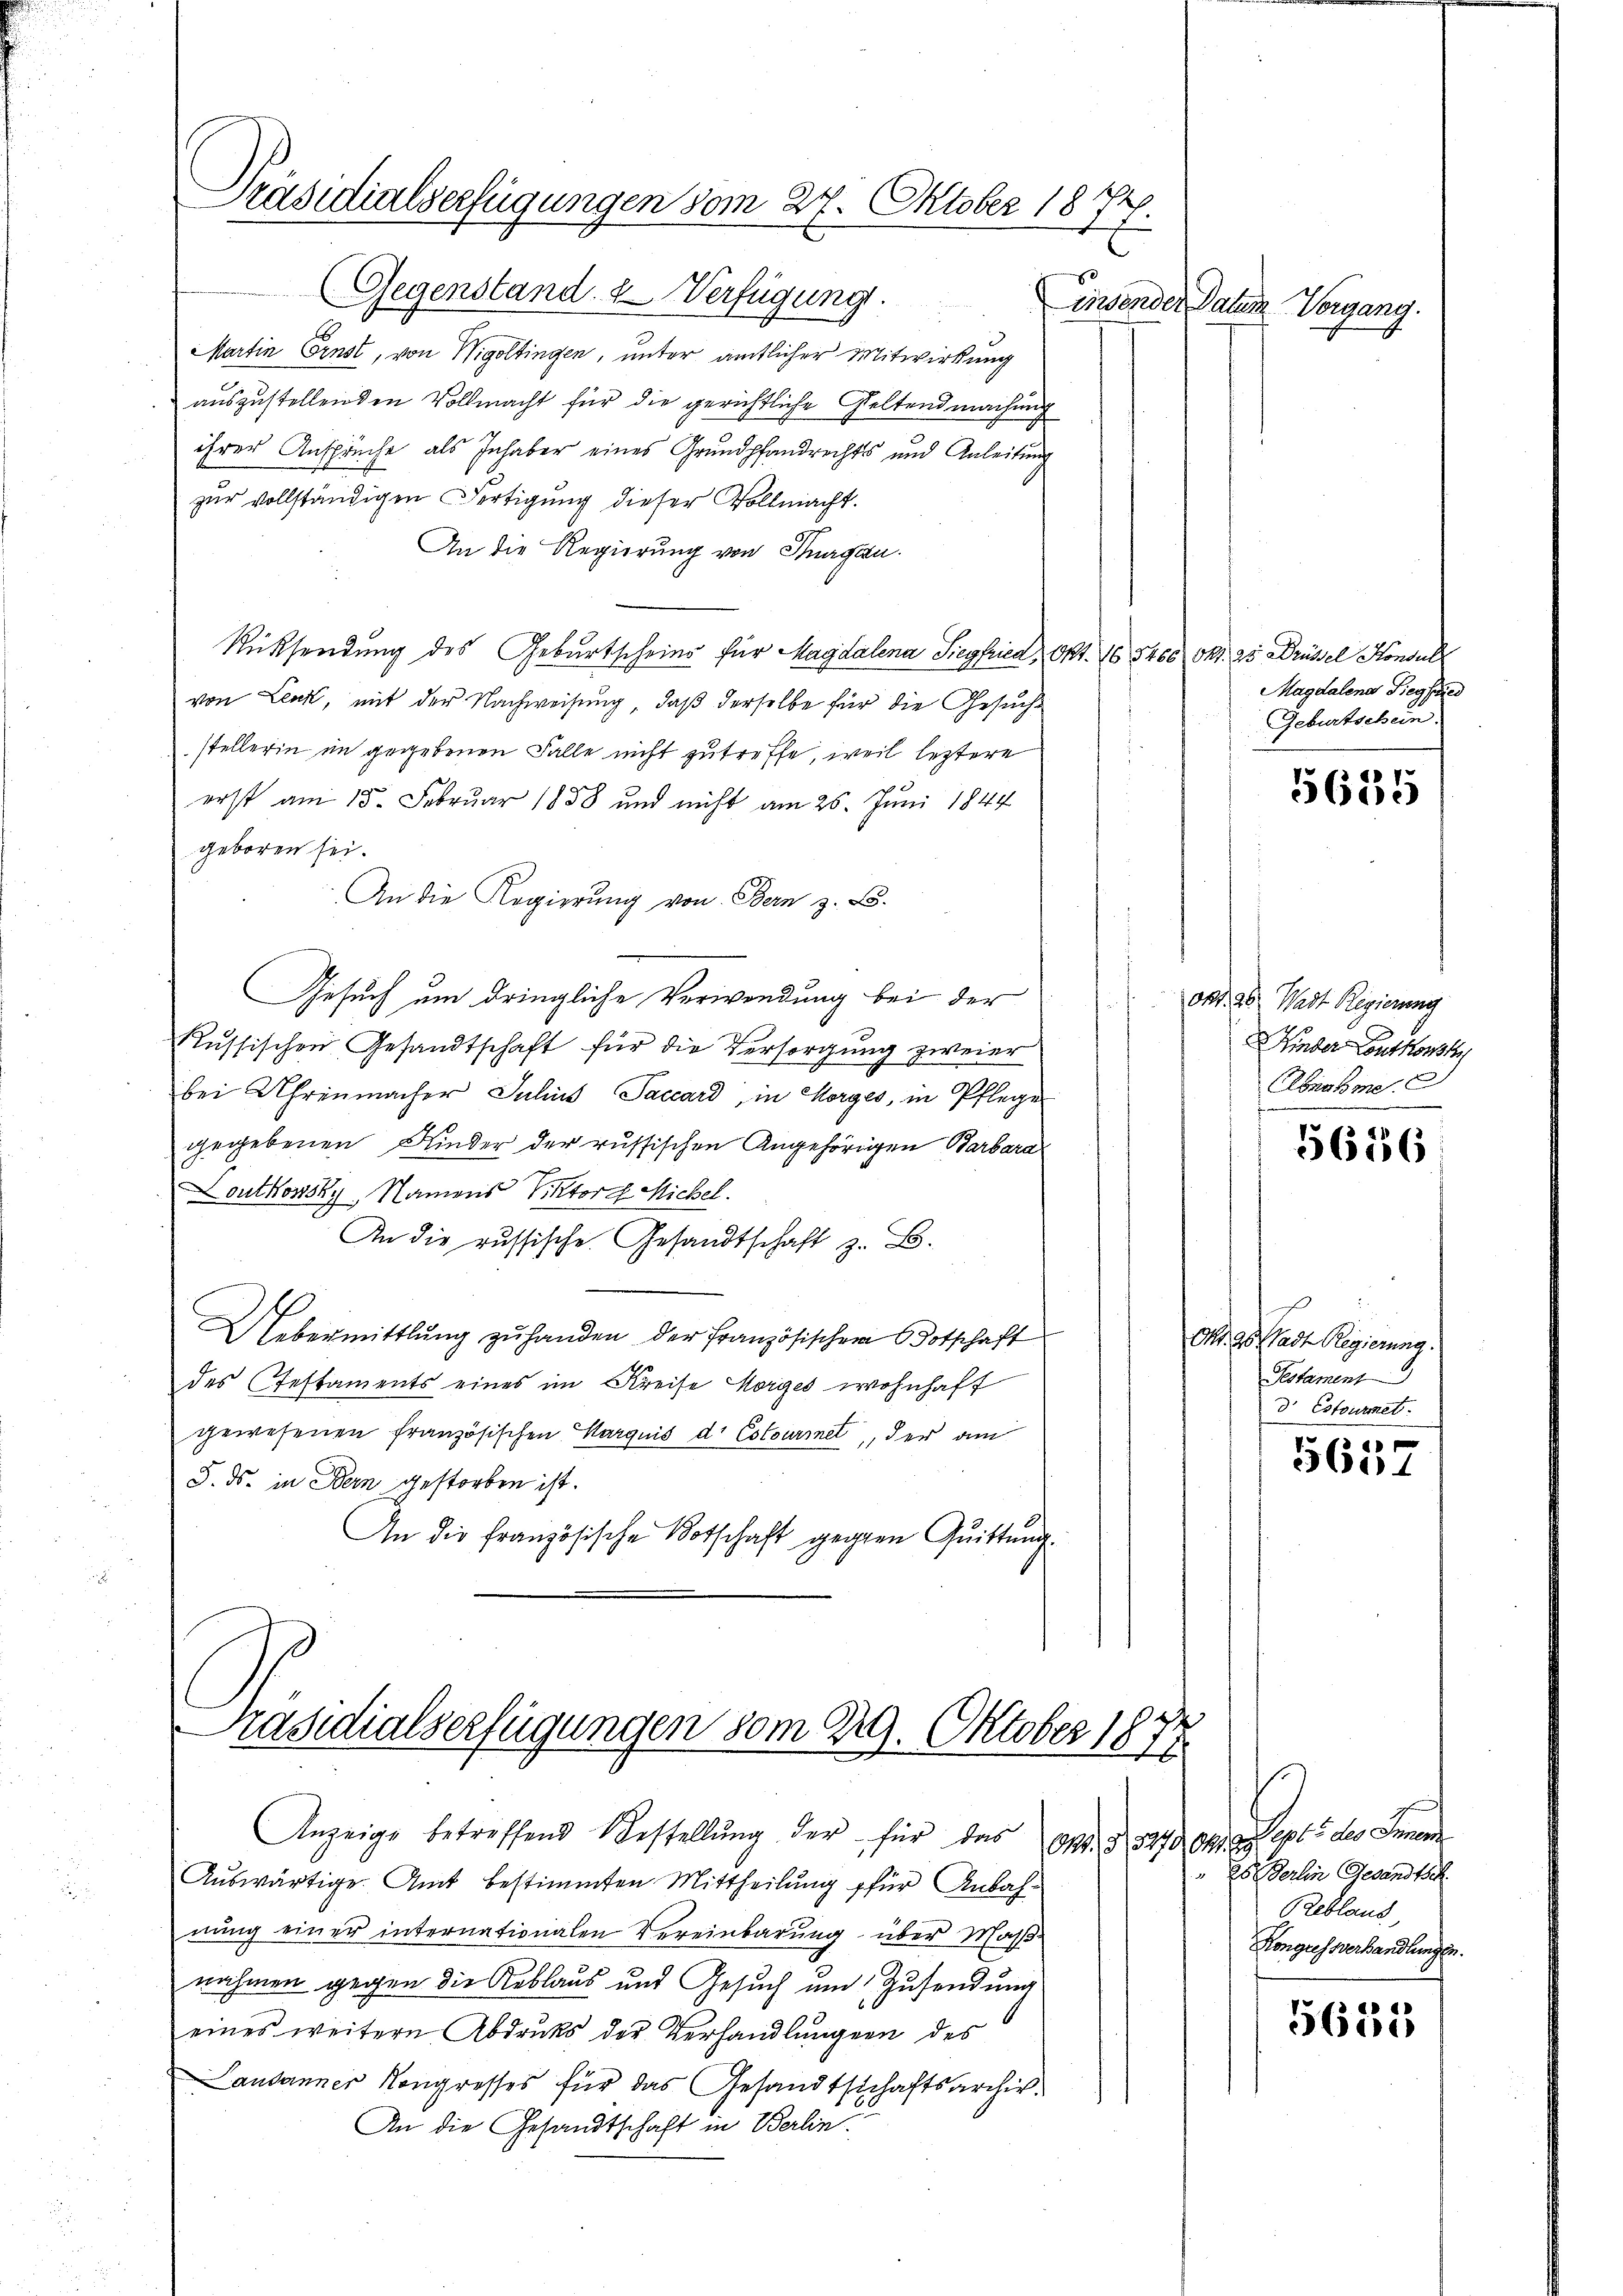
Präsidialverfügungen vom 27. Oktober 1874.

(Gegenstand & Verfügung.
Martin Ernst, von Wigoltingen, unter amtlicher Mitwirkung
auszustellenden Vollmacht für die gerichtliche Geltendmachung
ihrer Ansprüche als Inhaber eines Grundpfandrechts und Anleitung
zur vollständigen Fertigung dieser Vollmacht.
An die Regierung von Thurgau
Rücksendung des Geburtscheins für Magdalena Siegfried, Okt. 10 3400 Fr. 25 Drüssel Konsul
von Lenk, mit der Nachweisung, daß derselbe für die Gesuchstellerin in gegebenen Falle nicht zutreffe, weil leztere
erst am 15. Februar 1858 und nicht am 26. Juni 1844
geboren sei.
An die Regierung von Bern z. B.
Gesuch um dringliche Verwendung bei der
s
Russischen Gesandtschaft für die Versorgung zweier
bei Uhrenmacher Julius Saccard, in Morges, in Pflege
gegebenen Kinder der russischen Angehörigen Barbara
Loutkowsky, Namens Viktor Michel.
An die russische Gesandtschaft z. B.
Uebermittlung zu handen der Französischen Botschaft
des Testaments eines im Kreise Horges wohnhaft
gewesenen französischen Carquis dr Estourinelt, der am
S. ds. in Bern gestorben ist.
An die Französische Botschaft gegen Quittung

Präsidialserfügungen vom 29. Oktober 1877

Anzeige betreffend Bestellŭng der für das Ges. § 347 Chia ept. 5 des Innern

Auswärtige Amt bestimmten Mittheilung für Anbahnung einer internationalen Vereinbarung über Maßnahmen gegen die Reblaus und Gesuch um Zusendung
eines weitern Abdrucks der Verhandlungen des
Lausanner Kongresses für das Gesandtschaftsarchiv.
An die Gesandtschaft in Berlin.

Einsender Paten Vorgang.

Magdalena Siegfried
Geburtschein.

ont. 28 Wadt Regierung
 Kinder Contkonst
Abnahme.

5655

5656

Ort. 98 Sadt Regierung.
Pestament
d. Estourmet.

e
560

Es  derlin Gesandtsch.
Rebland,
Kongressverhandlungen.

5625